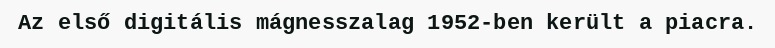
Az első digitális mágnesszalag 1952-ben került a piacra.